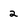
Character: 2